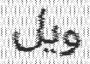
ويل